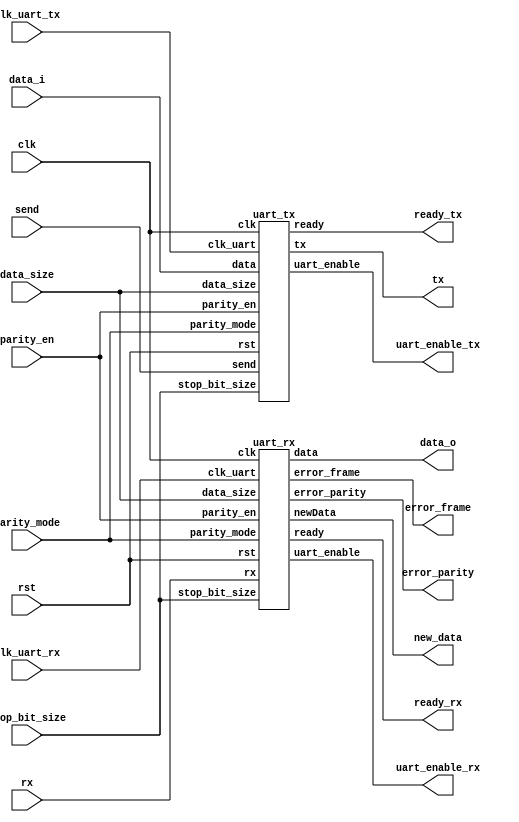
`timescale 1 ns / 1 ps
/* ------------------------------------------------ *
 * Title       : UART interface  v1.5.1             *
 * Project     : Simple UART                        *
 * ------------------------------------------------ *
 * Last Edit   : 21/10/2021                         *
 * Licence     : CERN-OHL-W                         *
 * ------------------------------------------------ *
 * Description : UART communication modules         *
 * ------------------------------------------------ *
 * Revisions                                        *
 *     v1      : Inital version                     *
 *     v1.1    : Redeclerations of clk_uart in      *
 *               Tx and Rx modules removed          *
 *     v1.2    : Move UART generation into outside  *
 *               of UART modules                    *
 *     v1.3    : More compact coding style          *
 *     v1.4    : Detect Frame error                 *
 *     v1.4.1  : Receive~ Fixed data out for 7 bit  *
 *     v1.5    : All regs use main clk and sync rst *
 *     v1.5.1  : Rec. waits rx high before ready    *
 * ------------------------------------------------ */

module uart_transceiver(
  input clk,
  input rst,
  //UART
  output tx,
  input rx,
  //Uart clock connection
  input clk_uart_tx,
  input clk_uart_rx,
  output uart_enable_tx,
  output uart_enable_rx,
  //Config signals 
  input data_size, //0: 7bit; 1: 8bit
  input parity_en,
  input [1:0] parity_mode, //11: odd; 10: even, 01: mark(1), 00: space(0)
  input stop_bit_size, //0: 1bit; 1: 2bit
  //Data interface
  input [7:0] data_i,
  output [7:0] data_o,
  output error_parity,
  output error_frame,
  output new_data,
  output ready_tx,
  output ready_rx,
  input send);

  uart_rx RxUART(.clk(clk),
                 .rst(rst),
                 .rx(rx),
                 .clk_uart(clk_uart_rx),
                 .uart_enable(uart_enable_rx),
                 .data_size(data_size),
                 .parity_en(parity_en),
                 .parity_mode(parity_mode),
                 .stop_bit_size(stop_bit_size),
                 .data(data_o),
                 .error_parity(error_parity),
                 .error_frame(error_frame),
                 .ready(ready_rx),
                 .newData(new_data));

  uart_tx TxUART(.clk(clk),
                 .rst(rst),
                 .tx(tx),
                 .clk_uart(clk_uart_tx),
                 .uart_enable(uart_enable_tx),
                 .data_size(data_size),
                 .parity_en(parity_en),
                 .parity_mode(parity_mode),
                 .stop_bit_size(stop_bit_size),
                 .data(data_i),
                 .ready(ready_tx),
                 .send(send));
endmodule//uart_dual

module uart_tx(
  input clk,
  input rst,
  //UART transmit
  output reg tx,
  //Uart clock connection
  input clk_uart,
  output uart_enable,
  //Config signals
  input data_size, //0: 7bit; 1: 8bit
  input parity_en,
  input [1:0] parity_mode, //11: odd; 10: even, 01: mark(1), 00: space(0)
  input stop_bit_size, //0: 1bit; 1: 2bit
  //Data interface
  input [7:0] data,
  output ready,
  input send);
  localparam READY = 3'b000,
             START = 3'b001,
              DATA = 3'b011,
            PARITY = 3'b110,
               END = 3'b100;
  reg [2:0] counter;
  reg [2:0] state;
  reg [7:0] data_buff;
  reg en, parity_calc, in_End_d;

  //Decode states
  wire in_Ready = (state == READY);
  wire in_Start = (state == START);
  wire in_Data = (state == DATA);
  wire in_Parity = (state == PARITY);
  wire in_End = (state == END);
  assign ready = in_Ready;

  //Detect edge of uart clk
  reg clk_uart_d;
  always@(posedge clk) begin
    clk_uart_d <= clk_uart;
  end
  wire clk_uart_negedge = ~clk_uart & clk_uart_d ;
  wire clk_uart_posedge = clk_uart & ~clk_uart_d ;

  wire countDONE = (in_End & (counter[0] == stop_bit_size)) | (in_Data & (counter == {2'b11, data_size}));
  assign uart_enable = en & (~in_End_d | in_End);

  //Internal enable signal
  always@(posedge clk) begin
    if(rst) begin
      en <= 1'd0;
    end else case(en)
      1'b0: en <= send;
      1'b1: en <= ~in_End_d | in_End; //only high on negative edge
    endcase
  end

  //State transactions
  always@(posedge clk) begin
    if(rst) begin
      state <= READY;
    end else if(clk_uart_negedge) case(state)
      READY: state <= (en) ? START : state;
      START: state <= DATA;
      DATA: state <= (countDONE) ? ((parity_en) ? PARITY : END) : state;
      PARITY: state <= END;
      END: state <= (countDONE) ? READY : state;
      default: state <= READY;
    endcase
  end

  //delay in_End
  always@(posedge clk) in_End_d <= in_End;

  //Counter
  always@(posedge clk) begin
    if(rst) begin
      counter <= 3'd0;
    end else if(clk_uart_negedge) case(state)
      DATA: counter <= (countDONE) ? 3'd0 : (counter + 3'd1);
      END: counter <= (countDONE) ? 3'd0 : (counter + 3'd1);
      default: counter <= 3'd0;
    endcase
  end

  //handle data_buff
  always@(posedge clk) begin
    if(clk_uart_negedge)
      case(state)
        START: data_buff <= data;
        DATA: data_buff <= (data_buff >> 1);
        default: data_buff <= data_buff;
      endcase
  end

  //tx routing
  always@* begin
    case(state)
      START: tx = 1'b0;
      DATA: tx = data_buff[0];
      PARITY: tx = parity_calc;
      default: tx = 1'b1;
    endcase
  end

  //Parity calc
  always@(posedge clk) begin
    if(in_Start) begin //reset
      parity_calc <= parity_mode[0];
    end else if(clk_uart_posedge) begin
      parity_calc <= (in_Data) ? (parity_calc ^ (tx & parity_mode[1])) : parity_calc;
    end
  end
endmodule//uart_tx

module uart_rx(
  input clk,
  input rst,
  //UART receive
  input rx,
  //Uart clock connection
  input clk_uart,
  output uart_enable,
  //Config signals
  input data_size, //0: 7bit; 1: 8bit
  input parity_en,
  input [1:0] parity_mode, //11: odd; 10: even, 01: mark(1), 00: space(0)
  input stop_bit_size, //0: 1bit; 1: 2bit
  //Data interface
  output reg [7:0] data,
  output reg error_parity,
  output reg error_frame,
  output ready,
  output newData);
  localparam READY = 3'b000,
             START = 3'b001,
              DATA = 3'b011,
            PARITY = 3'b110,
               END = 3'b100;
  reg [2:0] counter; 
  reg [2:0] state;
  reg [7:0] data_buff;
  reg parity_calc, in_End_d, en;

  //Decode states
  wire in_Ready = (state == READY);
  wire in_Start = (state == START);
  wire in_Data = (state == DATA);
  wire in_Parity = (state == PARITY);
  wire in_End = (state == END);
  assign ready = in_Ready;

  //Detect edge of uart clk
  reg clk_uart_d;
  always@(posedge clk) begin
    clk_uart_d <= clk_uart;
  end
  wire clk_uart_negedge = ~clk_uart & clk_uart_d ;
  wire clk_uart_posedge = clk_uart & ~clk_uart_d ;

  assign newData = ~in_End & in_End_d; //New data add negedge of in_End
  wire countDONE = (in_End & (counter[0] == stop_bit_size)) | (in_Data & (counter == {2'b11, data_size}));
  assign uart_enable = en & (~in_End_d | in_End);

  //internal enable
  always@(posedge clk) begin
    if(rst) begin
      en <= 1'b0;
    end else case(en)
      1'b0: en <= (rx) ? en : 1'b1;
      1'b1: en <= ~in_End_d | in_End;
    endcase
  end

  //Counter
  always@(posedge clk) begin
    if(rst) begin
      counter <= 3'd0;
    end else if(clk_uart_negedge) case(state)
      DATA: counter <= (countDONE) ? 3'd0 : (counter + 3'd1);
      END: counter <= (countDONE) ? ((~error_frame | rx) ? 3'd0 : counter) : (counter + 3'd1);
      default: counter <= 3'd0;
    endcase
  end

  //State transactions
  always@(posedge clk) begin
    if(rst) begin
      state <= READY;
    end else if(clk_uart_negedge) case(state)
      READY: state <= (en) ? START : state;
      START: state <= DATA;
      DATA: state <= (countDONE) ? ((parity_en) ? PARITY : END) : state;
      PARITY: state <= END;
      END: state <= (countDONE & (~error_frame | rx)) ? READY : state;
      default: state <= READY;
    endcase
  end

  //delay in_End
  always@(posedge clk) in_End_d <= in_End;

  //Store received data
  always@(posedge clk) begin
    data <= (~in_End_d & in_End) ? 
                    ((data_size) ? data_buff : 
                     {1'b0, data_buff[7:1]}) : 
                                         data;
  end

  //Handle data_buff
  always@(posedge clk) begin
    if(clk_uart_posedge)
      case(state)
        START: data_buff <= 8'd0;
        DATA: data_buff <= {rx, data_buff[7:1]};
        default: data_buff <= data_buff;
      endcase
  end

  //Frame error
  always@(posedge clk) begin
    if(rst | in_Start) begin
      error_frame <= 1'b0;
    end else if(clk_uart_posedge) begin
      error_frame <= (in_End) ? ~rx | error_frame : error_frame;
    end
  end

  //Parity check
  always@(posedge clk) begin
    if(rst | in_Start) begin
      error_parity <= 1'b0;
    end else if(clk_uart_posedge) begin
      error_parity <= (in_Parity) ? (rx != parity_calc) | error_parity : error_parity;
    end
  end

  //Parity calc
  always@(posedge clk) begin
    if(in_Start) begin //reset
      parity_calc <= parity_mode[0];
    end else if(clk_uart_posedge) begin
      parity_calc <= (in_Data) ? (parity_calc ^ (rx & parity_mode[1])) : parity_calc;
    end
  end
endmodule//uart_tx